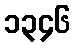
၁၃၄၆